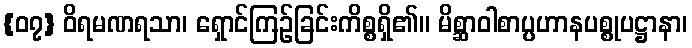
{၀၇} ဝိရမဏရသာ၊ ရှောင်ကြဉ်ခြင်းကိစ္စရှိ၏။ မိစ္ဆာဝါစာပ္ပဟာနပစ္စုပဋ္ဌာနာ၊